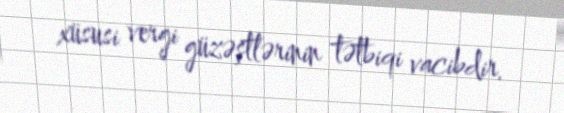
xüsusi vergi güzəştlərinin tətbiqi vacibdir.